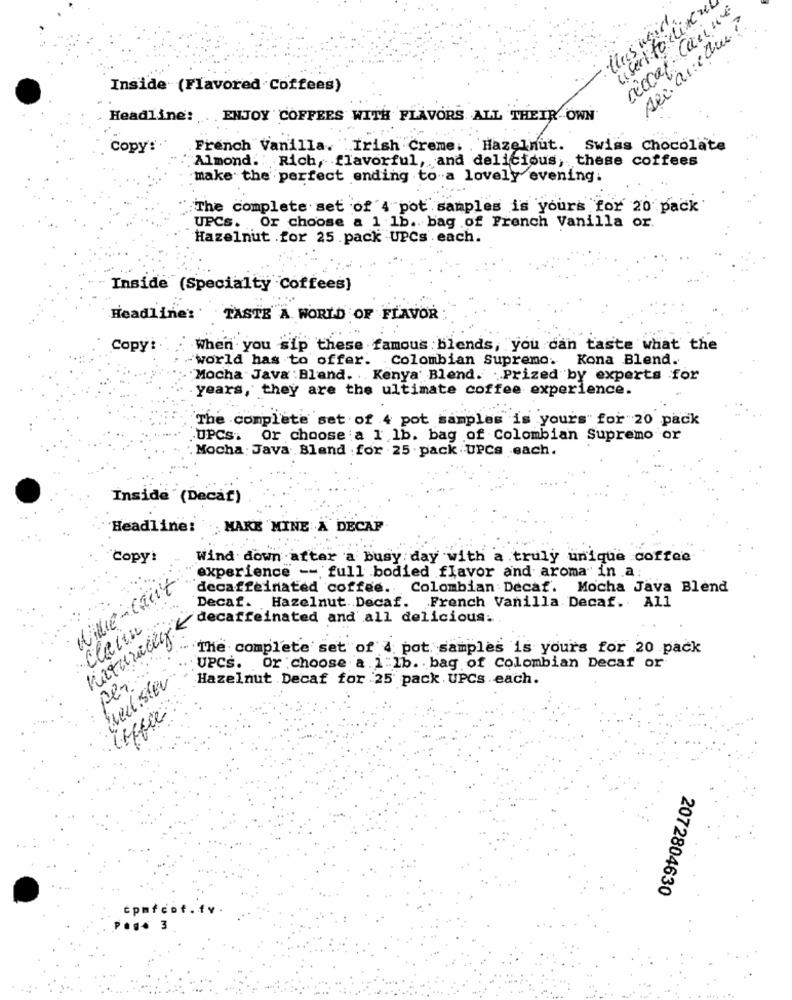
„ sect todisku
thus weil.
Aec. Que Cree ?
Inside (Flavored Coffees)
Headline: ENJOY COFFEES WITH FLAVORS ALL THEIR OWN
....
Copy :.
.French Vanilla. Irish Creme. Hazelnut. Swiss Chocolate
Almond. Rich, flavorful, and delicious, these coffees
make the perfect ending to a lovely evening.
"The complete set of 4 pot samples is yours for 20 pack
UPCs. Or choose a 1 1b. bag of French Vanilla or.
Hazelnut .for 25 .pack UPCs . each.
Inside (Specialty Coffees)
Headline: TASTE A WORLD OF FLAVOR
Copy:
: When you sip these famous blends, you can taste what the
-world has to offer. Colombian Supremo. Kona Blend.
Mocha Java : Bland. . Kenya' Blend. Prized by experts for
. years, they are the ultimate coffee experience.
The complete set of 4 pot samples is yours" for 20 pack
.UPCs. Or choose :a 1 lb. bag of Colombian Supremo or
Mocha . Java. Bland . for . 25 . pack UPCs each.
Inside '(Decaf)
Headline: MAKE MINE A DECAP
copy:
Wind down after a busy day with a truly unique coffee
experience -- full bodied flavor and aroma" in a:
ville-Cuit
decaffeinated coffee. Colombian Decaf. Mocha Java Blend
Decaf. Hazelnut .. Decaf. French Vanilla Decaf. All
ingurult caffeinated and all delicio
The complete set of 4 pot samples is yours for 20 pack
UPCS. Or choose a. 1-1b. . bag of Colombian Decaf or
per
deister
Hazelnut Decaf for 25 pack UPCs each.
2072804630
cpmfcot .fv.
84 3